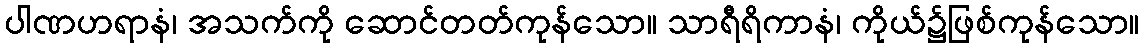
ပါဏဟရာနံ၊ အသက်ကို ဆောင်တတ်ကုန်သော။ သာရီရိကာနံ၊ ကိုယ်၌ဖြစ်ကုန်သော။